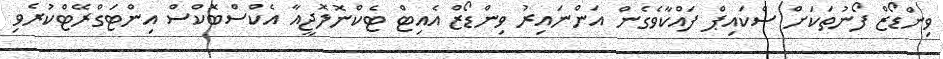
ވިންޑޯޒް ފޯނުތަކަށް ސްކައިޕް ފައްކާވެގެން އަންނައިރު ވިންޑޯޒް އެއިޓް ޓެކްނޮލޮޖީއާ އެކްސްބޮކްސް އިންޓަގްރޭޓްކުރެވި